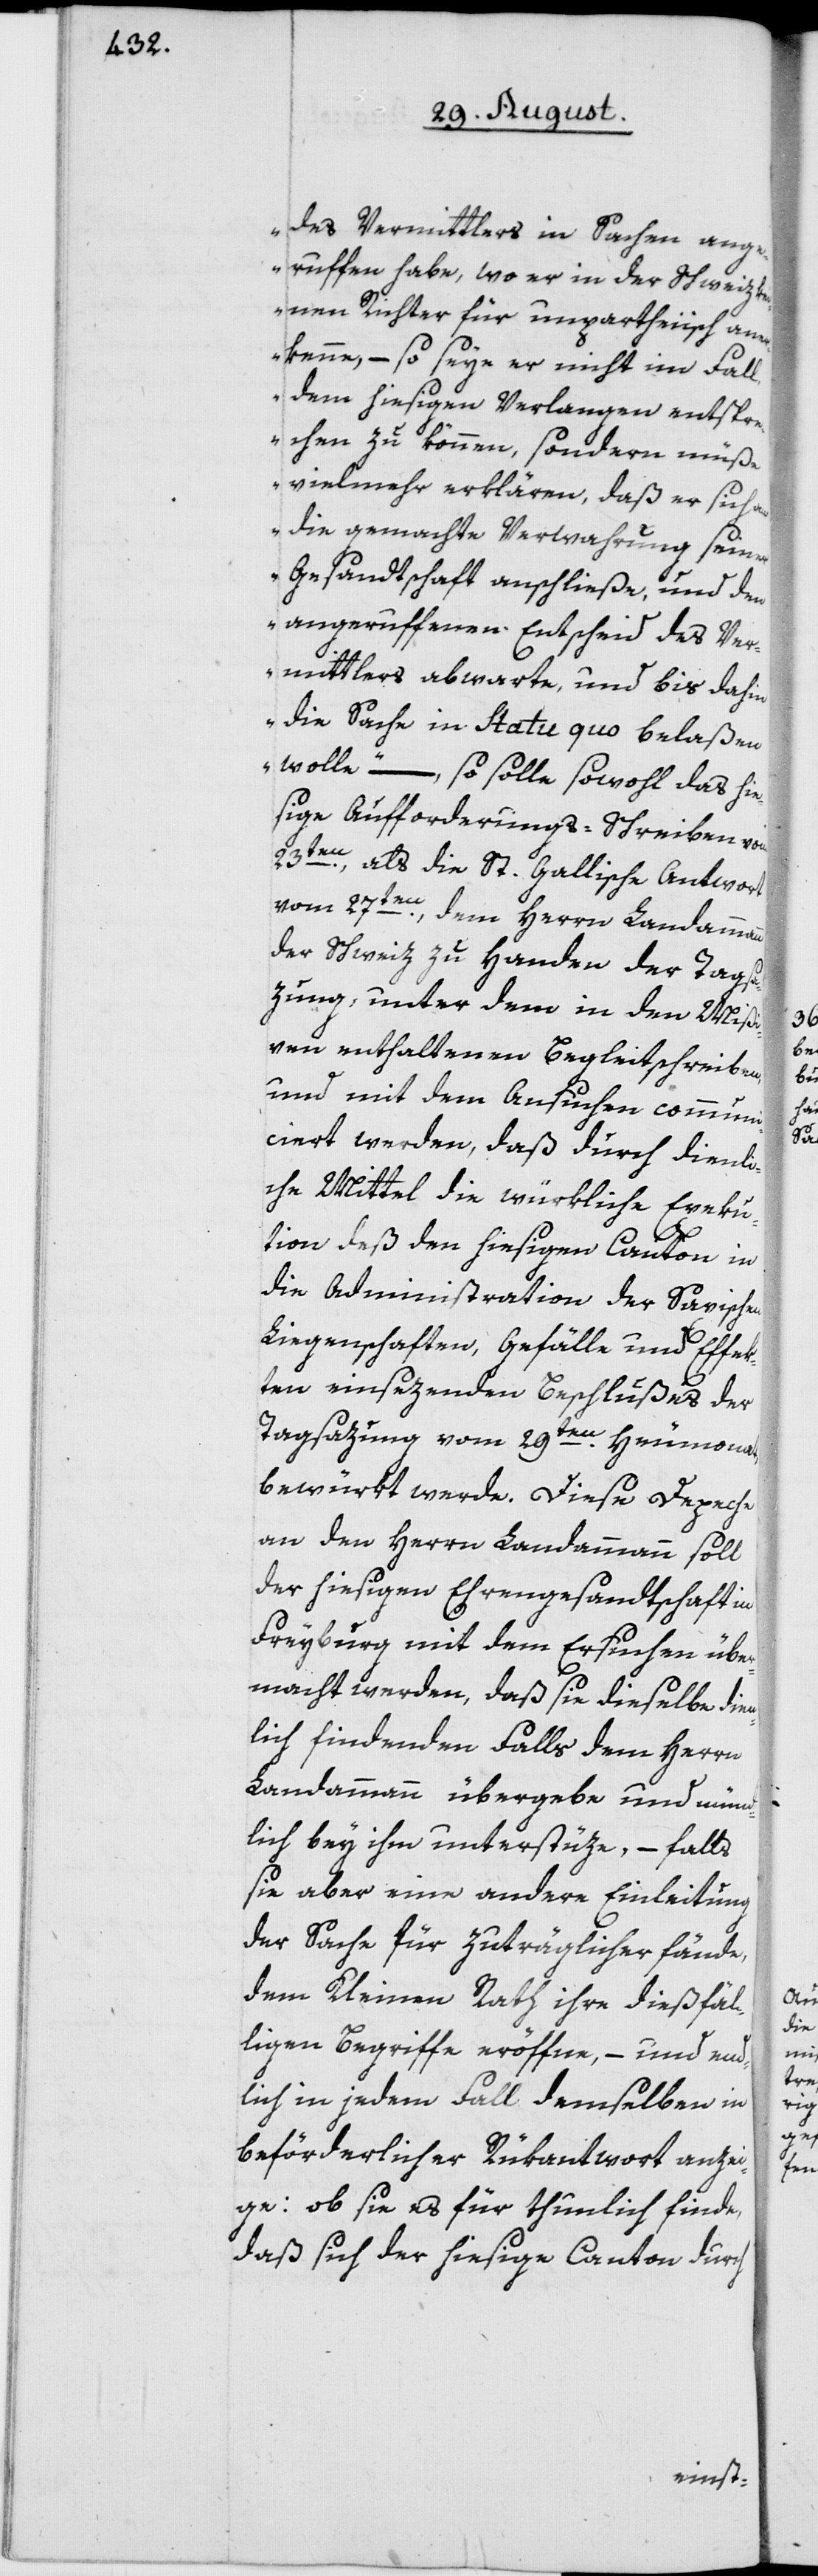
des Vermittlers in Sachen ang¬
eruffen habe, wo er in der Schweiz ke¬
inen Richter für unpartheiisch ane¬
rkenne, – so seye er nicht im Fall,
dem hiesigen Verlangen entspre¬
chen zu können, sondern müße
vielmehr erklären, daß er sich an
die gemachte Verwahrung seiner
Gesandtschaft anschließe, und den
angeruffenen Entscheid des Ver¬
mittlers abwarte, und bis dahin
die Sache in Statu quo belaßen
wolle“ –, so solle sowohl das hie¬
sige Aufforderungs-Schreiben vom
23ten, als die St. Gallische Antwort
vom 27ten, dem Herrn Landammann
der Schweiz zu Handen der Tagsa¬
zung, unter dem in den Mißi¬
ven enthaltenen Begleitschreiben,
und mit dem Ansuchen communi¬
ciert werden, daß durch dienl¬
iche Mittel die würkliche Exeku¬
tion deß den hiesigen Canton in
die Administration der Saxischen
Liegenschaften, Gefälle und Effek¬
ten einsezenden Beschlußes der
Tagsazung vom 29ten Heumonat,
bewürkt werde. Diese Depeche
an den Herrn Landammann soll
der hiesigen Ehrengesandtschaft in
Freyburg mit dem Ersuchen über¬
macht werden, daß sie dieselbe dien¬
lich findenden Falls dem Herrn
Landammann übergebe und münd¬
lich bey ihm unterstüze, – falls
sie aber eine andere Einleitung
der Sache für zuträglicher fände,
dem Kleinen Rath ihre dießfäl¬
ligen Begriffe eröffne, – und end¬
lich in jedem Fall demselben in
beförderlicher Rükantwort anzei¬
ge: ob sie es für thunlich finde,
daß sich der hiesige Canton durch